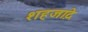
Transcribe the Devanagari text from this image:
शहजा़दे